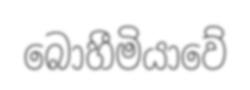
බොහීමියාවේ